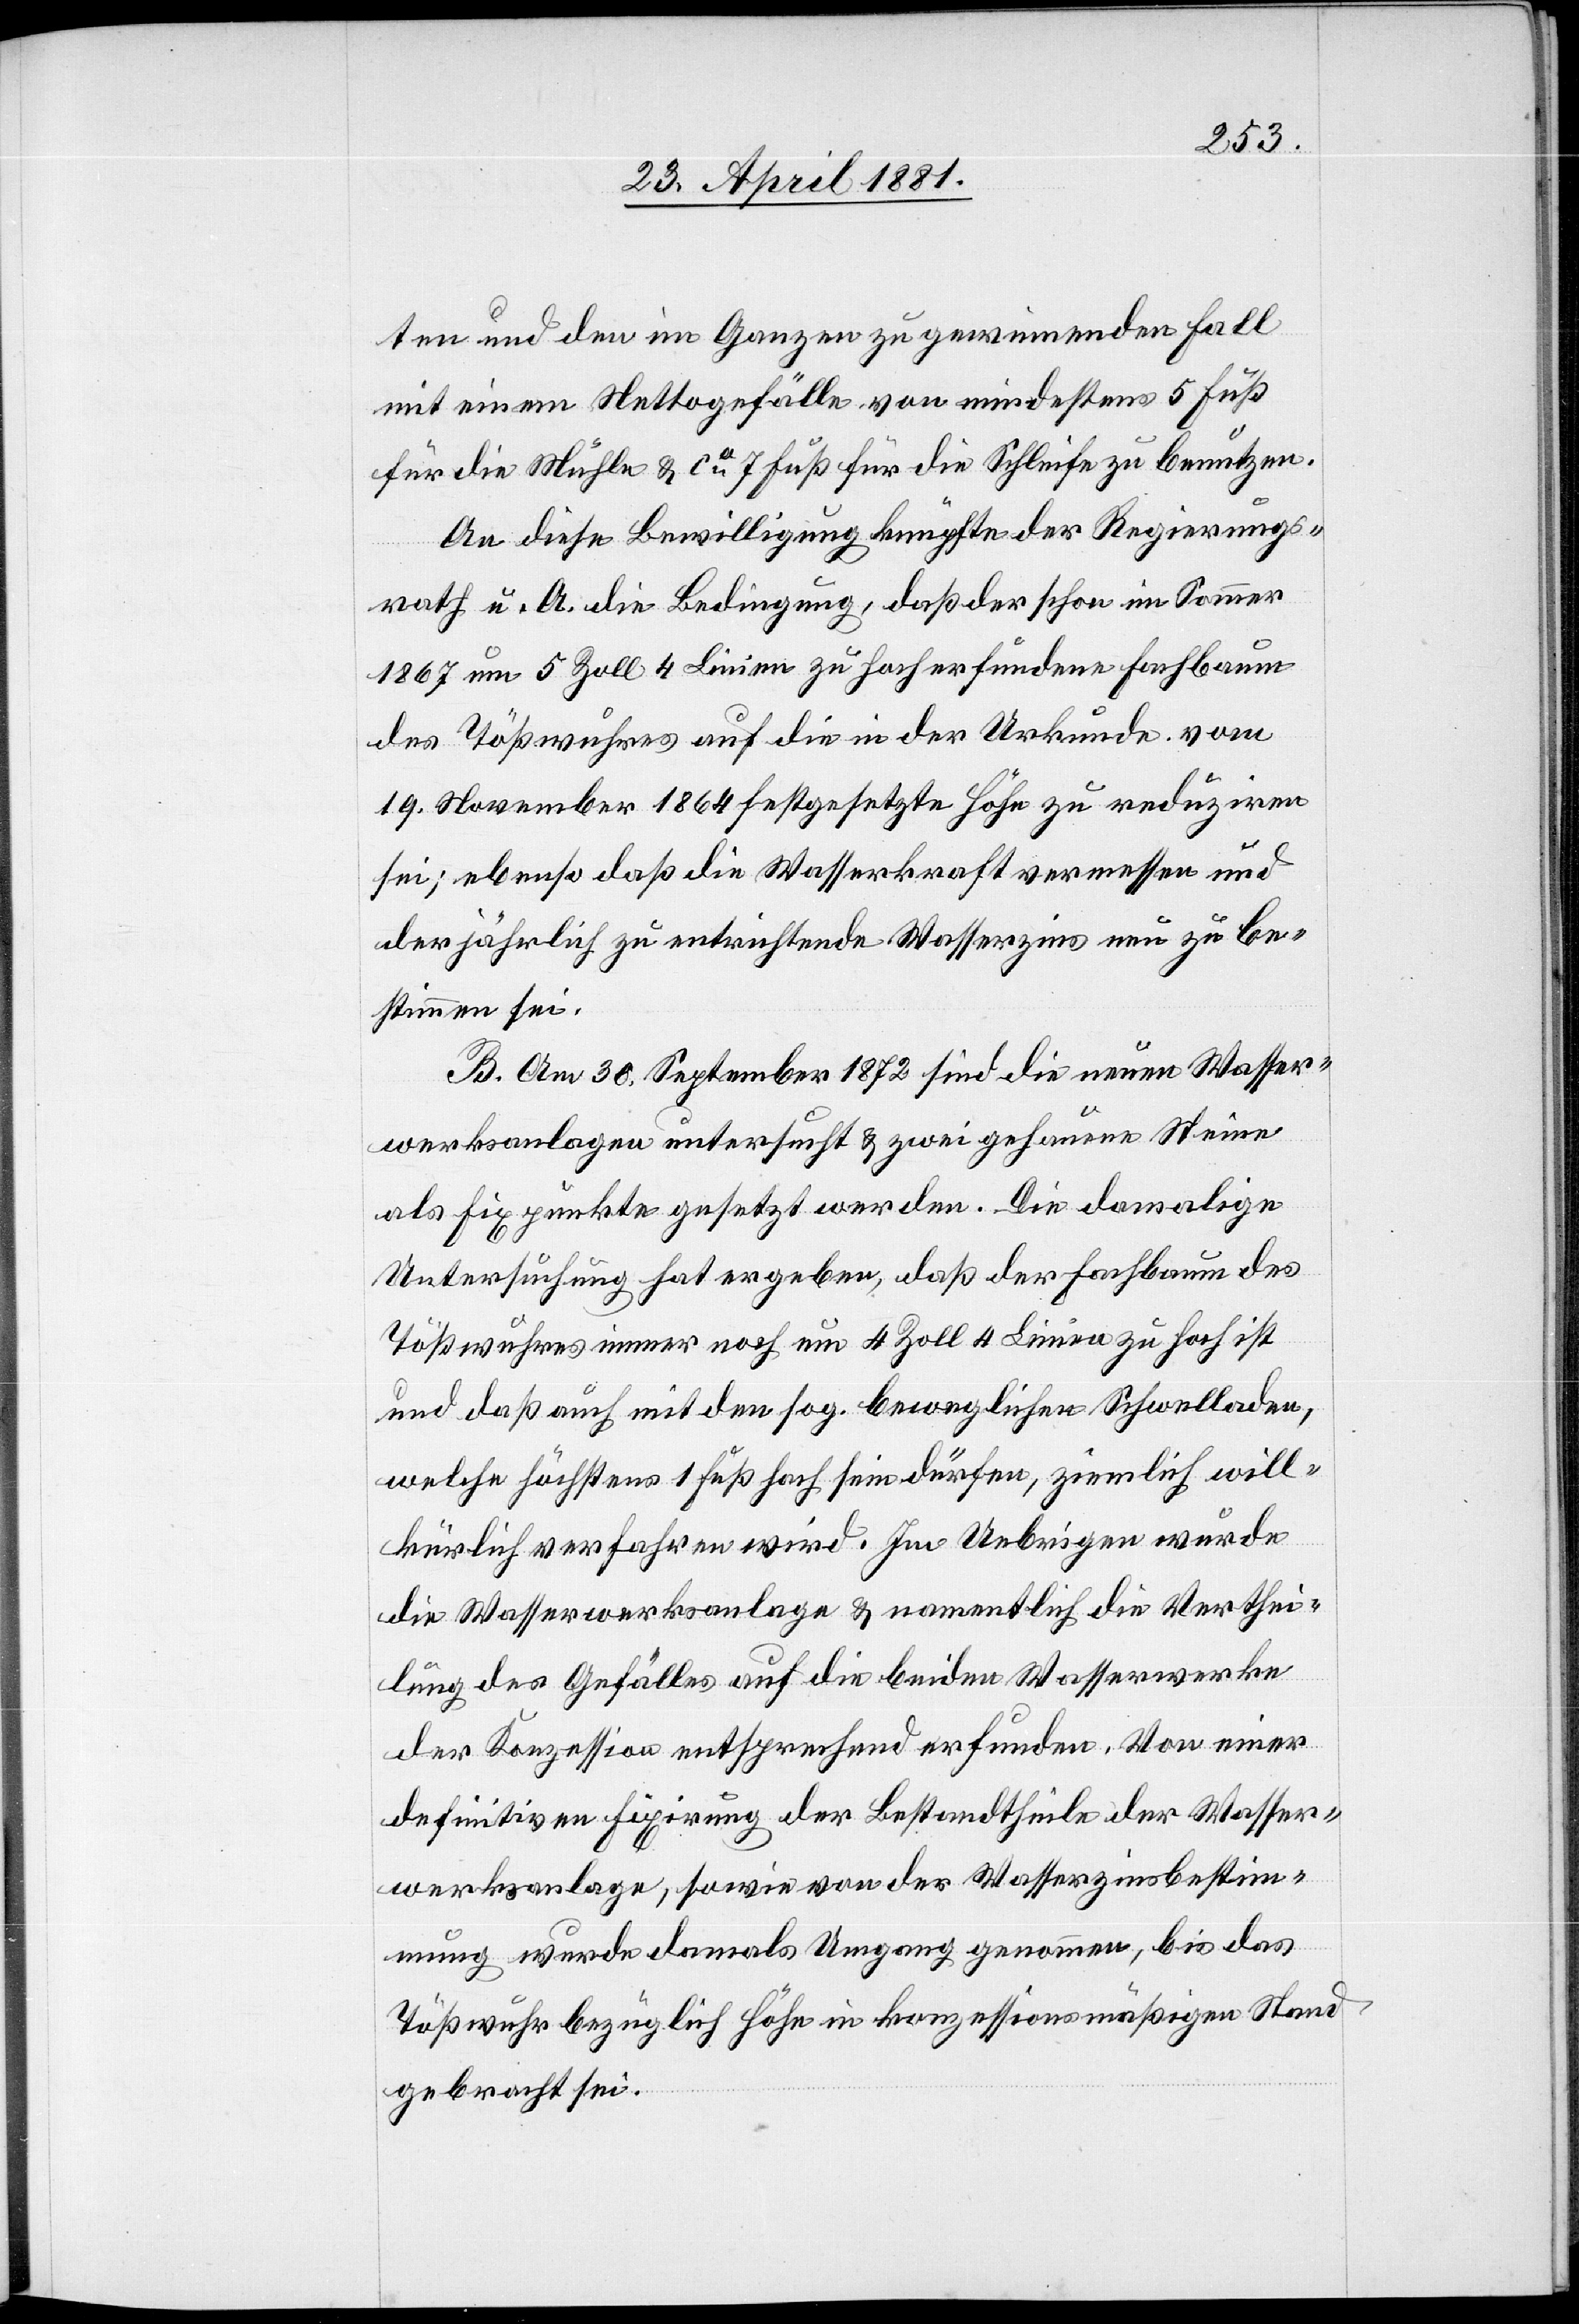
ten und den im Ganzen zu gewinnenden Fall
mit einem Nettogefälle von mindestens 5 Fuß
für die Mühle & ca 7 Fuß für die Schleife zu benutzen.
An diese Bewilligung knüpfte der Regierungs¬
rath u. A. die Bedingung, daß der schon im Sommer
1867 um 5 Zoll 4 Linien zu hoch erfundene Fachbaum
des Tößwuhres auf die in der Urkunde vom
19. November 1864 festgesetzte Höhe zu reduziren
sei; ebenso daß die Wasserkraft vermessen und
der jährliche zu entrichtende Wasserzins neu zu be¬
stimmen sei.
B. Am 30. September 1872 sind die neuen Wasser¬
werksanlagen untersucht & zwei gehauene Steine
als Fixpunkte gesetzt worden. Die damalige
Untersuchung hat ergeben, daß der Fachbaum des
Tößwuhres immer noch um 4 Zoll 4 Linien zu hoch ist
und daß auch mit den sog. beweglichen Schwelladen,
welche höchstens 1 Fuß hoch sein dürfen, ziemlich will¬
kürlich verfahren wird. Im Uebrigen wurde
die Wasserwerksanlage & namentlich die Verthei¬
lung des Gefälles auf die beiden Wasserwerke
der Konzession entsprechend erfunden. Von einer
definitiven Fixirung der Bestandtheile der Wasser¬
werksanlage, sowie von der Wasserzinsbestim¬
mung wurde damals Umgang genommen, bis das
Tößwuhr bezüglich Höhe in konzessionsmäßigen Stand
gebracht sei.